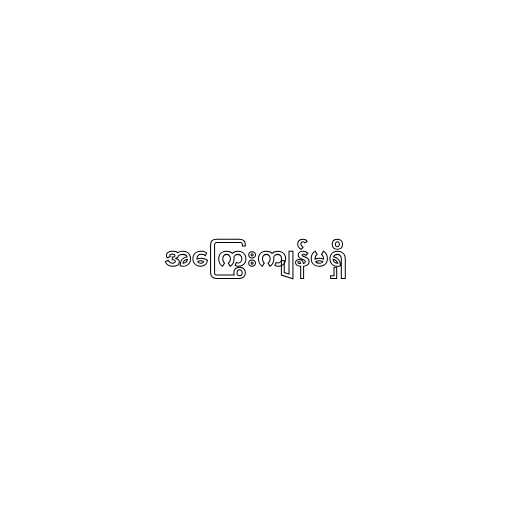
အကြွေးကျန်မရှိ